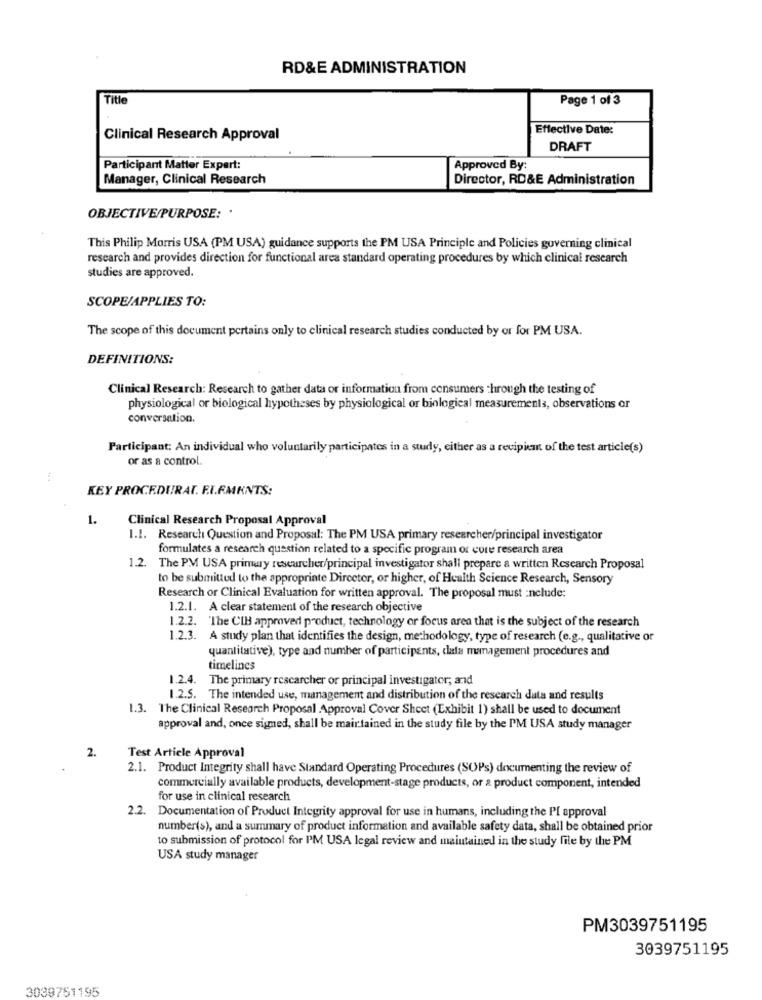
RD&E ADMINISTRATION
Title
Page 1 of 3
Effective Date:
Clinical Research Approval
DRAFT
Participant Matter Expert:
Approved By:
Manager, Clinical Research
Director, RD&E Administration
OBJECTIVE/PURPOSE: .
This Philip Morris USA (PM USA) guidance supports the PM USA Principle and Policies governing clinical
research and provides direction for functional area standard operating procedures by which clinical research
studies are approved.
SCOPE/APPLIES TO:
The scope of this document pertains only to clinical research studies conducted by or for PM USA.
DEFINITIONS:
Clinical Research: Research to gather data or information from consumers through the testing of
physiological or biological hypotheses by physiological or biological measurements, observations or
conversation.
Participant: An individual who voluntarily participates in a study, either as a recipient of the test article(s)
or as a control.
KEY PROCEDURAT. F.I.F.MENTS:
1.
Clinical Research Proposal Approval
1.1. Research Question and Proposal: The PM USA primary researcher/principal investigator
formulates a research question related to a specific program or core research area
1.2. The PM USA primary researcher/principal investigator shall prepare a written Research Proposal
to be submitted to the appropriate Director, or higher, of Health Science Research, Sensory
Research or Clinical Evaluation for written approval. The proposal must :nclude:
1.2.1. A clear statement of the research objective
1.2.2. The CIH approved product, technology or focus area that is the subject of the research
1.2.3. A study plan that identifies the design, methodology, type of research (e.g ., qualitative or
quantitative), type and number of participants, data management procedures and
timelines
1.2.4. The primary rescarcher or principal investigator; and
1.2.5. The intended use, management and distribution of the research data and results
1.3. The Clinical Research Proposal Approval Cover Sheet (Exhibit 1) shall be used to document
approval and, once signed, shall be mair tained in the study file by the PM USA study manager
2.
Test Article Approval
2.1. Product Integrity shall have Standard Operating Procedures (SO)Ps) documenting the review of
commercially available products, development-stage products, or a product component, intended
for use in clinical research
2.2.
Documentation of Product Integrity approval for use in humans, including the Pl approval
number(s), and a summary of product information and available safety data, shall be obtained prior
to submission of protocol for I'M USA legal review and maintained in the study file by the PM
USA study manager
PM3039751195
3039751195
3039751195